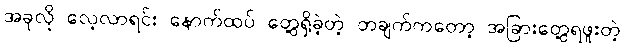
အခုလို လေ့လာရင်း နောက်ထပ် တွေ့ရှိခဲ့တဲ့ တချက်ကတော့ အခြားတွေ့ရဖူးတဲ့